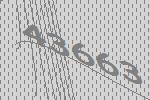
43663